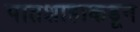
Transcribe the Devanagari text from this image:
पातशाहाकडून